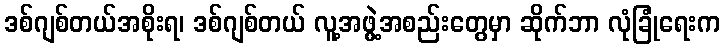
ဒစ်ဂျစ်တယ်အစိုးရ၊ ဒစ်ဂျစ်တယ် လူ့အဖွဲ့အစည်းတွေမှာ ဆိုက်ဘာ လုံခြုံရေးက